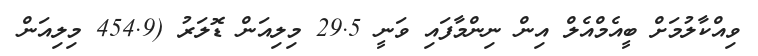
ވިއްކާލުމަށް ބީއެމްއެލް އިން ނިންމާފައި ވަނީ 29.5 މިލިއަން ޑޮލަރު (454.9 މިލިއަން